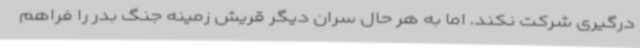
درگیری شرکت نکند. اما به هر حال سران دیگر قریش زمینه جنگ بدر را فراهم